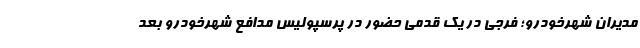
مدیران شهرخودرو؛ فرجی در یک قدمی حضور در پرسپولیس مدافع شهرخودرو بعد